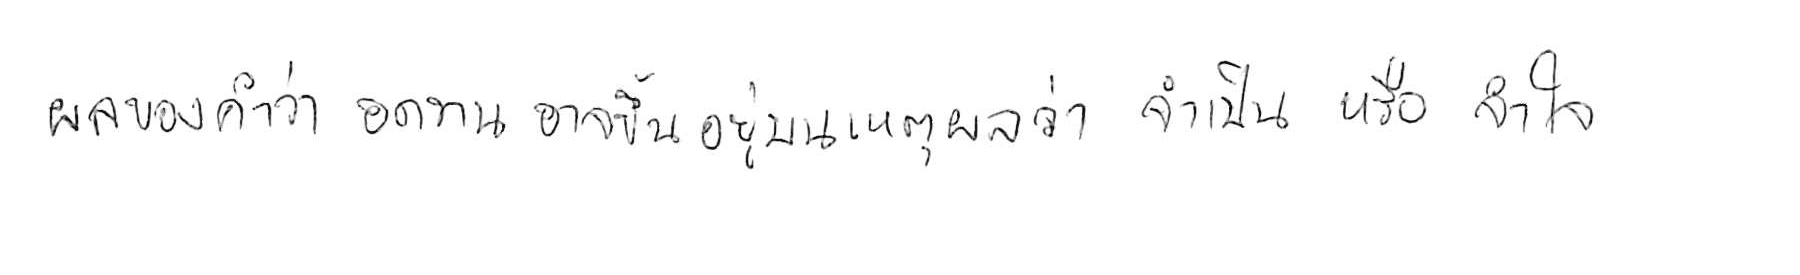
ผลของคำว่า อดทน อาจขึ้นอยู่บนเหตุผลว่า จำเป็น หรือ จำใจ